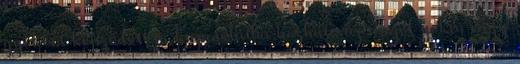
gyökből képződött és kapcsolatba hozható az angol yoke, vagy